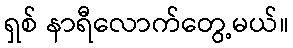
ရှစ် နာရီလောက်တွေ့မယ်။